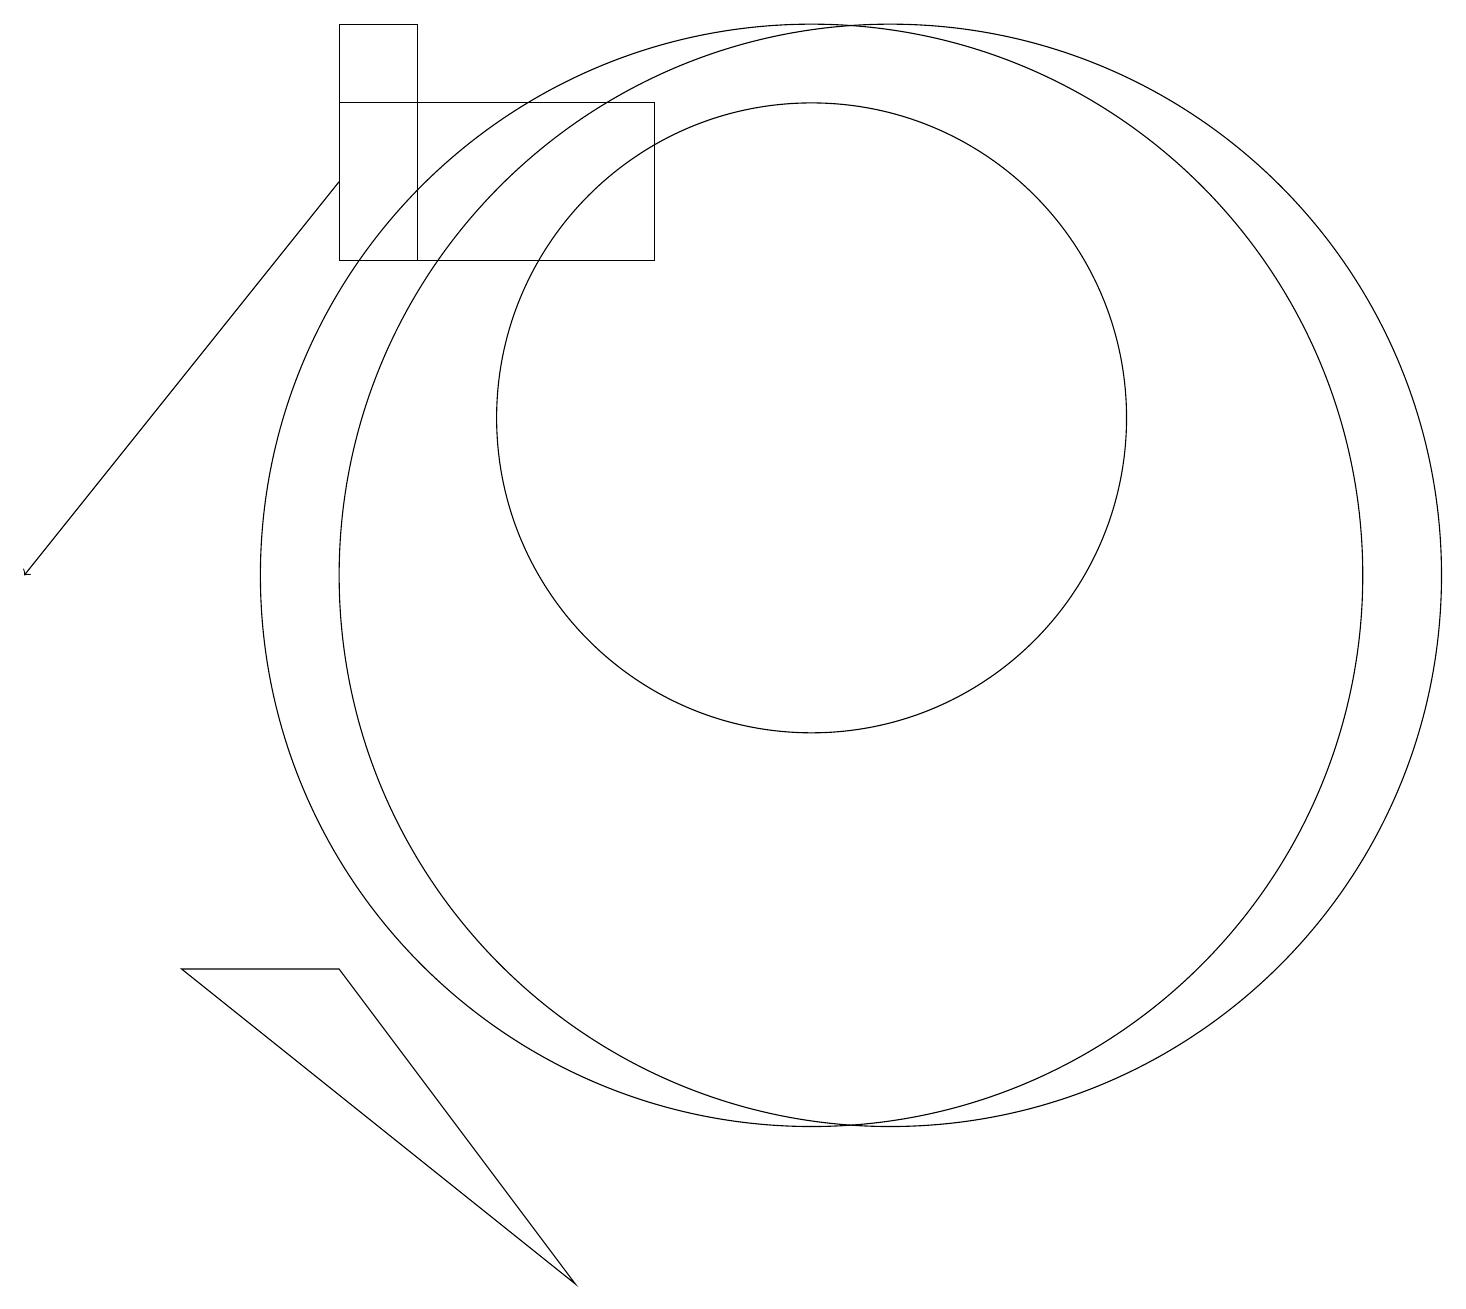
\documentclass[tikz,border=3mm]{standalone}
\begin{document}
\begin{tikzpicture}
\draw (10,10) circle (7);
\draw (4,5) -- (7,1) -- (2,5) -- cycle;
\draw (11,10) circle (7);
\draw (10,12) circle (4);
\draw (4,14) rectangle (5,17);
\draw[->] (4,15) -- (0,10);
\draw (4,16) rectangle (8,14);
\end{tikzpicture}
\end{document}